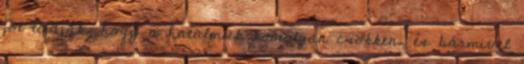
jól tudják, hogy a hatalmuk komolyan csökken, és bármivel